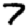
Digit: 7